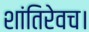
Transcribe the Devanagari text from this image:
शांतिरेवच।